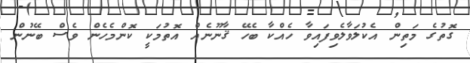
ގޮތުގެ މަތިން އެކުލަވާލެވިފައިވާ ހެއްކާ ބެހޭ ޤާނޫނެއް އޮތުމަކީ ކޮންމެހެން ވެސް ބޭނުން